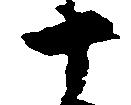
十